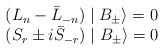
LaTeX: \begin{align*}\begin{array}{l}(L_n-\bar{L}_{-n})\mid B_{\pm }\rangle =0 \\ (S_r\pm i\bar{S}_{-r})\mid B_{\pm }\rangle =0\end{array}\end{align*}